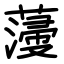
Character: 薓